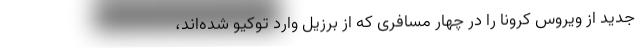
جدید از ویروس کرونا را در چهار مسافری که از برزیل وارد توکیو شده‌اند،